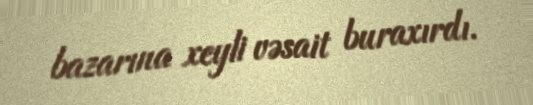
bazarına xeyli vəsait buraxırdı.